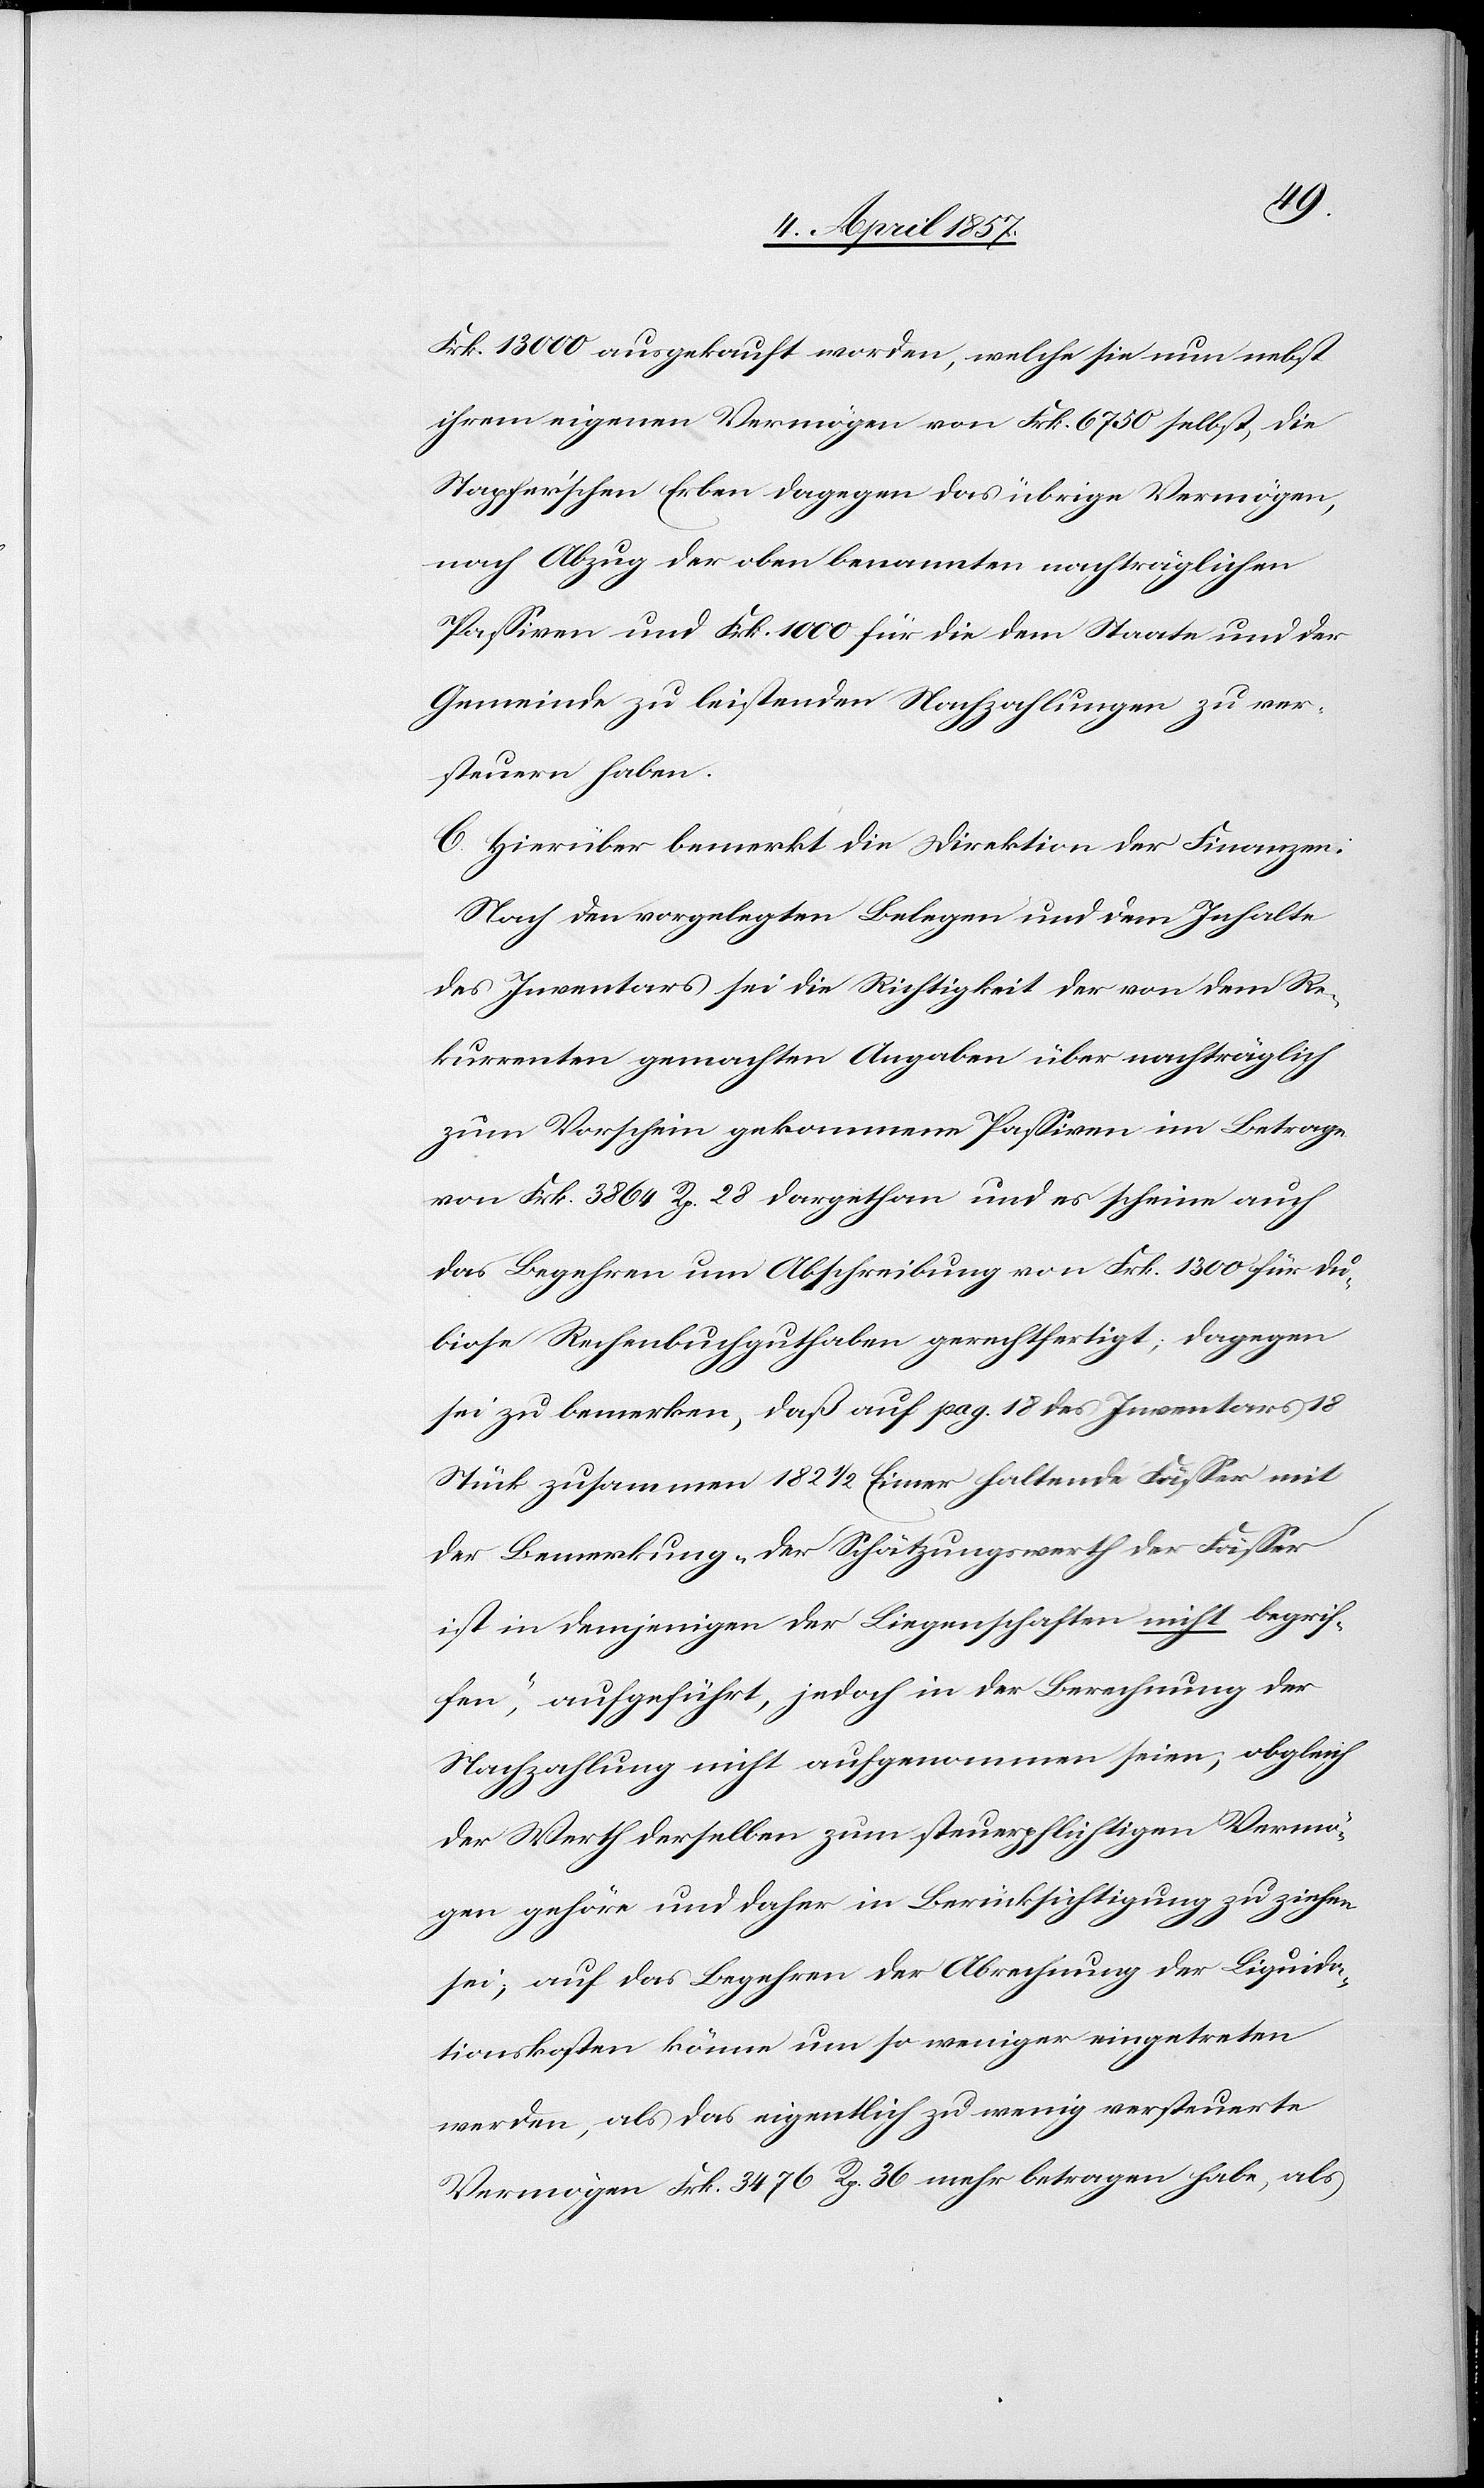
Frk. 13 000 ausgekauft worden, welche sie nun nebst
ihrem eigenen Vermögen von Frk. 6750 selbst, die
Stapfer'schen Erben dagegen das übrige Vermögen,
nach Abzug der oben benannten nachträglichen
Passiven und Frk. 1000 für die dem Staate und der
Gemeinde zu leistenden Nachzahlungen zu ver¬
steuern haben.
C. Hierüber bemerkt die Direktion der Finanzen:
Nach den vorgelegten Belegen und dem Inhalte
des Inventars sei die Richtigkeit der von dem Re¬
kurrenten gemachten Angaben über nachträglich
zum Vorschein gekommene Passiven im Betrage
von Frk. 3864 Rp. 28 dargethan und es scheine auch
das Begehren um Abschreibung von Frk. 1300 für du¬
biose Rechenbuchguthaben gerechtfertigt; dagegen
sei zu bemerken, daß auf pag. 18 des Inventars 18
Stück zusammen 182 1/2 Eimer haltende Fässer mit
der Bemerkung „der Schätzungswerth der Fässer
in demjenigen der Liegenschaften nicht begrif¬
fen“, aufgeführt, jedoch in der Berechnung der
Nachzahlung nicht aufgenommen seien; obgleich
der Werth derselben zum steuerpflichtigen Vermö¬
gen gehöre und daher in Berücksichtigung zu ziehen
sei; auf das Begehren der Abrechnung der Liquida¬
tionskosten könne um so weniger eingetreten
werden, als das eigentlich zu wenig versteuerte
Vermögen Frk. 3476 Rp. 36 mehr betragen habe, als